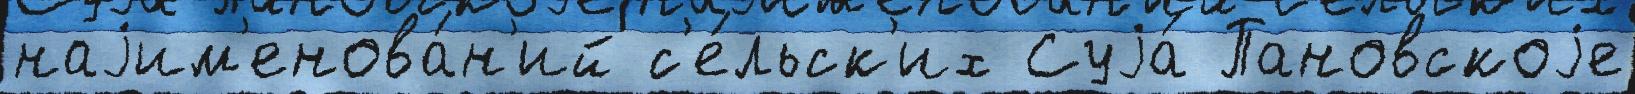
наjим'енова́н'ий с'е́льск'их Суjа́ Пановскоjе